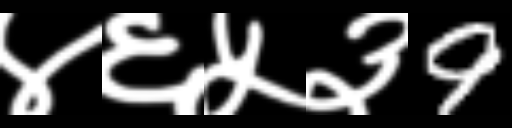
Text: ४६५३9